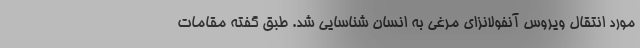
مورد انتقال ویروس آنفولانزای مرغی به انسان شناسایی شد. طبق گفته مقامات